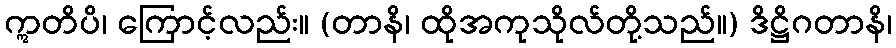
ဣတိပိ၊ ကြောင့်လည်း။ (တာနိ၊ ထိုအကုသိုလ်တို့သည်။) ဒိဋ္ဌိဂတာနိ၊